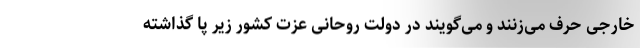
خارجی حرف می‌زنند و می‌گویند در دولت روحانی عزت کشور زیر پا گذاشته